Annual vaccination report of Bihar and Orissa - 1911-1928
Year: 1911
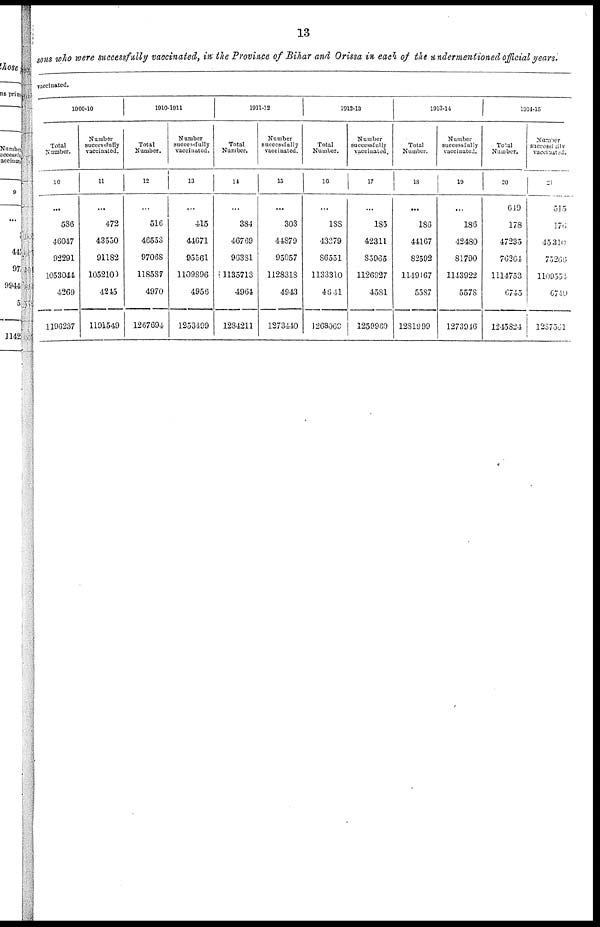
13
persons who were successfully vaccinated, in the Province of Bihar and Orissa in each of the undermentioned official years
vaccinated.
1900-10
Total
Number.
10
...
586
46047
92291
1053044
4269
1196237
Number
successfully
vaccinated.
11
...
472
43550
91182
1052100
4245
1191549
1910-1911
Total
Number.
12
...
516
46553
97068
118587
4970
1267694
Number
successfully
vaccinated.
13
...
415
41671
95561
1109896
4956
1253499
1911-12
Total
Number.
14
...
384
46769
96381
1135713
4964
1284211
Number
successfully
vaccinated.
15
...
303
44879
95057
1128318
4943
1273440
1912-13
Total
Number.
16
...
188
43279
86551
1133310
4641
1268069
Number
successfully
vaccinated.
17
...
185
42311
85965
1126927
4581
1259969
1913-14
Total
Number.
18
...
186
44167
82592
1149167
5587
1281999
Number
successfully
vaccinated.
19
...
186
42480
81790
1143922
5578
1273946
1914-15
Total
Number.
20
649
178
47235
76264
1114753
6745
1245824
Number
vaccinated.
21
515
176
45310
75266
1109554
6740
1237561